Indian journal of veterinary science and animal husbandry - Volume 9,
Year: 1939
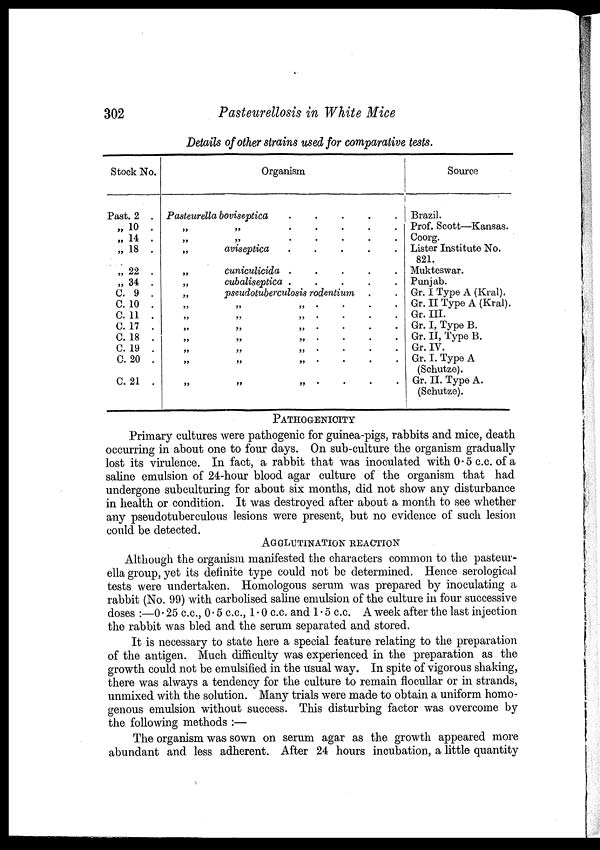
302
Pasteurellosis in White Mice
Details of other strains used for comparative tests.
Stock No.
Past. 2 .
„ 10 .
„ 14 .
„ 18 .
„ 22 .
„ 34 .
C. 9 .
C. 10 .
C. 11 .
C. 17 .
C. 18 .
C. 19 .
C. 20 .
C. 21 .
Organism
Pasteurella boviseptica
.
.
.
.
.
„
„
.
.
.
.
.
„
„
.
.
.
.
.
„
aviseptica
.
.
.
.
.
„
cuniculicida .
.
.
.
.
„
cubaliseptica .
.
.
.
.
„
pseudotuberculosis rodentium . .
„ „ . . . . .
„ „ . . . . .
„ „ . . . . .
„ „ . . . . .
„ „ . . . . .
„ „ . . . . .
„ „ . . . . .
Source
Brazil.
Prof. Scott—Kansas.
Coorg.
Lister Institute No.
821.
Mukteswar.
Punjab.
Gr. I Type A (Kral).
Gr. II Type A (Kral).
Gr. III.
Gr. I, Type B.
Gr. II, Type B.
Gr. IV.
Gr. I. Type A
(Schutze).
Gr. II. Type A.
(Schutze).
PATHOGENICITY
Primary cultures were pathogenic for guinea-pigs, rabbits and mice, death
occurring in about one to four days. On sub-culture the organism gradually
lost its virulence. In fact, a rabbit that was inoculated with 0.5 c.c. of a
saline emulsion of 24-hour blood agar culture of the organism that had
undergone subculturing for about six months, did not show any disturbance
in health or condition. It was destroyed after about a month to see whether
any pseudotuberculous lesions were present, but no evidence of such lesion
could be detected.
AGGLUTINATION REACTION
Although the organism manifested the characters common to the pasteur-
ella group, yet its definite type could not be determined. Hence serological
tests were undertaken. Homologous serum was prepared by inoculating a
rabbit (No. 99) with carbolised saline emulsion of the culture in four successive
doses :—0.25 c.c., 0.5 c.c., 1.0 c.c. and 1.5 c.c. A week after the last injection
the rabbit was bled and the serum separated and stored.
It is necessary to state here a special feature relating to the preparation
of the antigen. Much difficulty was experienced in the preparation as the
growth could not be emulsified in the usual way. In spite of vigorous shaking,
there was always a tendency for the culture to remain flocullar or in strands,
unmixed with the solution. Many trials were made to obtain a uniform homo-
genous emulsion without success. This disturbing factor was overcome by
the following methods :—
The organism was sown on serum agar as the growth appeared more
abundant and less adherent. After 24 hours incubation, a little quantity